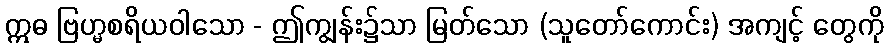
ဣဓ ဗြဟ္မစရိယဝါသော - ဤကျွန်း၌သာ မြတ်သော (သူတော်ကောင်း) အကျင့် တွေကို